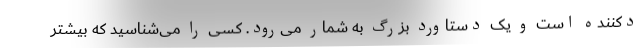
دکننده است و یک دستاورد بزرگ به شمار می‌رود. کسی را می‌شناسید که بیشتر